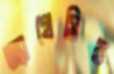
অ্যাগ্রেসিভ